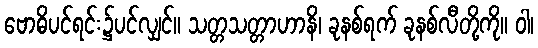
ဗောဓိပင်ရင်း၌ပင်လျှင်။ သတ္တသတ္တာဟာနိ၊ ခုနစ်ရက် ခုနစ်လီတို့ကို။ ဝါ၊